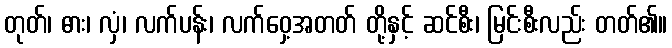
တုတ်၊ ဓား၊ လှံ၊ လက်ပန်း၊ လက်ဝှေ့အတတ် တို့နှင့် ဆင်စီး၊ မြင်းစီးလည်း တတ်၏။